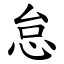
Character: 怠